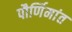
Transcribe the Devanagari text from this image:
पौर्णिमांत